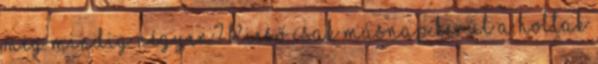
még mindig négyen? Kieső csak másnap kerül a holtak